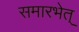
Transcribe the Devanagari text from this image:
समारभेत्